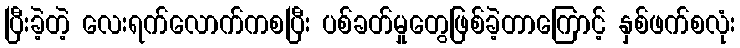
ပြီးခဲ့တဲ့ လေးရက်လောက်ကစပြီး ပစ်ခတ်မှုတွေဖြစ်ခဲ့တာကြောင့် နှစ်ဖက်စလုံး